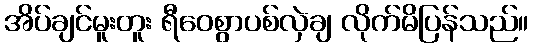
အိပ်ချင်မူးတူး ရီဝေစွာပစ်လှဲချ လိုက်မိပြန်သည်။